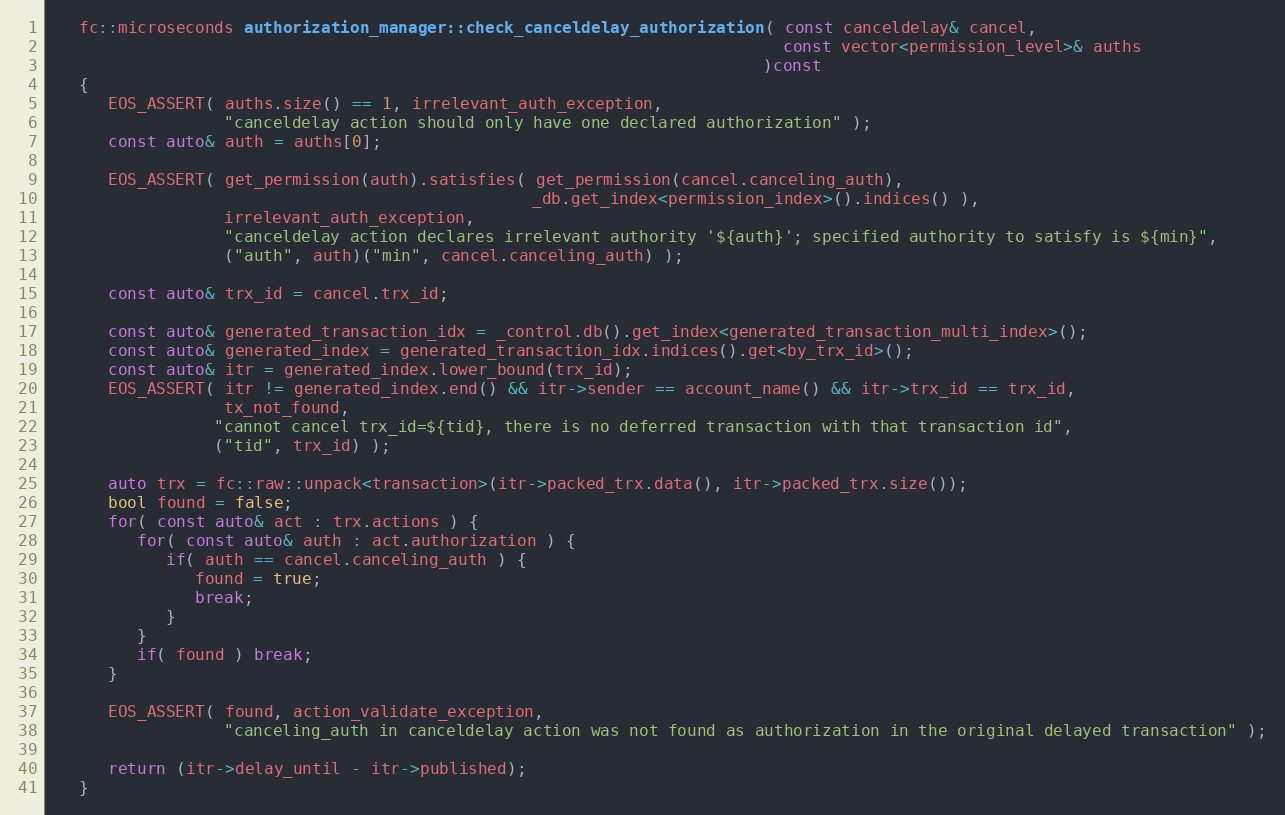
Language: C++
   fc::microseconds authorization_manager::check_canceldelay_authorization( const canceldelay& cancel,
                                                                            const vector<permission_level>& auths
                                                                          )const
   {
      EOS_ASSERT( auths.size() == 1, irrelevant_auth_exception,
                  "canceldelay action should only have one declared authorization" );
      const auto& auth = auths[0];

      EOS_ASSERT( get_permission(auth).satisfies( get_permission(cancel.canceling_auth),
                                                  _db.get_index<permission_index>().indices() ),
                  irrelevant_auth_exception,
                  "canceldelay action declares irrelevant authority '${auth}'; specified authority to satisfy is ${min}",
                  ("auth", auth)("min", cancel.canceling_auth) );

      const auto& trx_id = cancel.trx_id;

      const auto& generated_transaction_idx = _control.db().get_index<generated_transaction_multi_index>();
      const auto& generated_index = generated_transaction_idx.indices().get<by_trx_id>();
      const auto& itr = generated_index.lower_bound(trx_id);
      EOS_ASSERT( itr != generated_index.end() && itr->sender == account_name() && itr->trx_id == trx_id,
                  tx_not_found,
                 "cannot cancel trx_id=${tid}, there is no deferred transaction with that transaction id",
                 ("tid", trx_id) );

      auto trx = fc::raw::unpack<transaction>(itr->packed_trx.data(), itr->packed_trx.size());
      bool found = false;
      for( const auto& act : trx.actions ) {
         for( const auto& auth : act.authorization ) {
            if( auth == cancel.canceling_auth ) {
               found = true;
               break;
            }
         }
         if( found ) break;
      }

      EOS_ASSERT( found, action_validate_exception,
                  "canceling_auth in canceldelay action was not found as authorization in the original delayed transaction" );

      return (itr->delay_until - itr->published);
   }